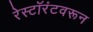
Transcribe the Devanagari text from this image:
रेस्टॉरंटवरून